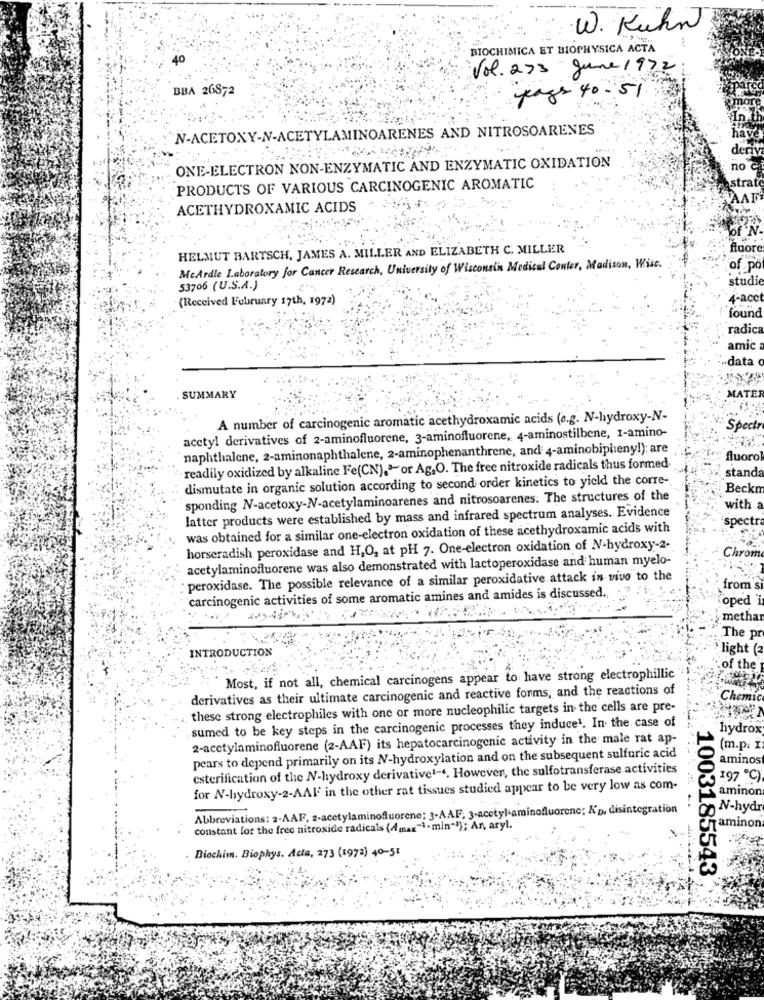
W. Kuhn
BIOCHIMICA ET BIOPHYSICA ACTA
Vol. 273 June 1972
BBA 26872
pays 40.51
N-ACETOXY-N-ACETYLAMINOARENES AND NITROSOARENES
hav
deriv
ONE-ELECTRON NON-ENZYMATIC AND ENZYMATIC OXIDATION
no e
strat
PRODUCTS OF VARIOUS CARCINOGENIC AROMATIC
VAAD
ACETHYDROXAMIC ACIDS
of N.
HELMUT BARTSCH, JAMES A. MILLER AND ELIZABETH C. MILLER
fluore
McArdle Laboratory for Cancer Research, University of Wisconsin Medical Center, Madison, Wise.
of po
studi
53706 (U.S.A.)
(Received February 17th, 1972)
4-acct
found
radica
amic
data
SUMMARY
MATER
A number of carcinogenic aromatic acethydroxamic acids (e.g. N-hydroxy-N-
Spectr
acetyl derivatives of 2-aminofluorene, 3-aminofluorene, 4-aminostilbene, 1-amino-
naphthalene, 2-aminonaphthalene, 2-aminophenanthrene, and 4-aminobipheny!): are
fluoro
readily oxidized by alkaline Fe(CN)."or Ag,O. The free nitroxide radicals thus formed
dismutate in organic solution according to second order kinetics to yield the corre-
stand
Beckm
sponding N-acetoxy-N-acetylaminoarenes and nitrosoarenes. The structures of the
latter products were established by mass and infrared spectrum analyses. Evidence
with a
spectra
was obtained for a similar one-electron oxidation of these acethydroxamic acids with
horseradish peroxidase and H,O, at pH 7. One-electron oxidation of N-hydroxy-2-
acetylaminofluorene was also demonstrated with lactoperoxidase and human myelo-
Chrom
peroxidase. The possible relevance of a similar peroxidative attack in vivo to the
from s
carcinogenic activities of some aromatic amines and amides is discussed.
oped ï
methar
The pr
INTRODUCTION
light (2
of the
Most, if not all, chemical carcinogens appear to have strong electrophillic
derivatives as their ultimate carcinogenic and reactive forms, and the reactions of
Chemic
these strong electrophiles with one or more nucleophilic targets in the cells are pre-
sumed to be key steps in the carcinogenic processes they induce1. In the case of
hydrox
2-acetylaminofluorene (2-AAF) its hepatocarcinogenic activity in the male rat ap-
(m.p. I
pears to depend primarily on its N-hydroxylation and on the subsequent sulfuric acid
aminos
esterification of the N-hydroxy derivative1-4. However, the sulfotransferase activities
197 ℃)
for N-hydroxy-2-AAF in the other rat tissues studied appear to be very low as com-
aminon
Abbreviations: 2-AAF, z-acetylaminofluorene; 3-AAF. 3-acetyl-aminofluorene; K'p, disintegration
-
N-hydr
constant for the free nitroxide radicals (Amaz"1- min""); Ar, aryl.
haminon
Biochim. Biophys. Acta, 273 (1972) 40-51
1003185543